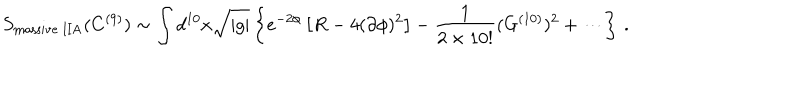
S _ { \mathrm { m a s s i v e \ I I A } } ( C ^ { ( 9 ) } ) \sim \int d ^ { 1 0 } x { \sqrt { | g | } } \left\{ e ^ { - 2 \phi } \left[ R - 4 ( \partial \phi ) ^ { 2 } \right] - \frac { 1 } { 2 \times 1 0 ! } ( G ^ { ( 1 0 ) } ) ^ { 2 } + \cdots \right\} \, .